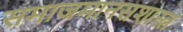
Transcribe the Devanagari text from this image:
समाजमानसशास्त्र